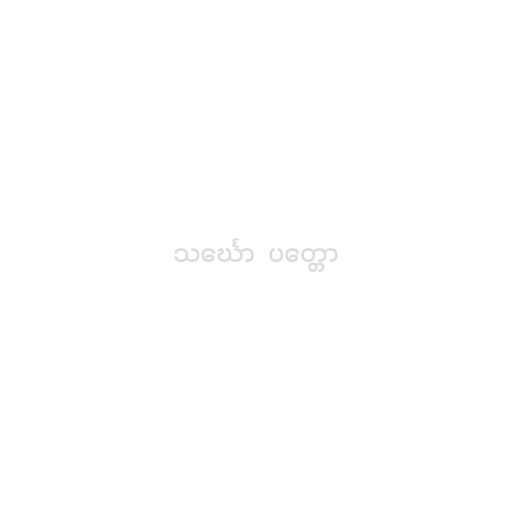
သင်္ဃော  ပတ္တော